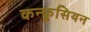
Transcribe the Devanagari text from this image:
कन्फ़ुसियन